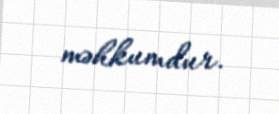
məhkumdur.